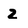
Character: 2